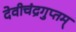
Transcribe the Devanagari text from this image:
देवीचंद्रगुप्तम्‌